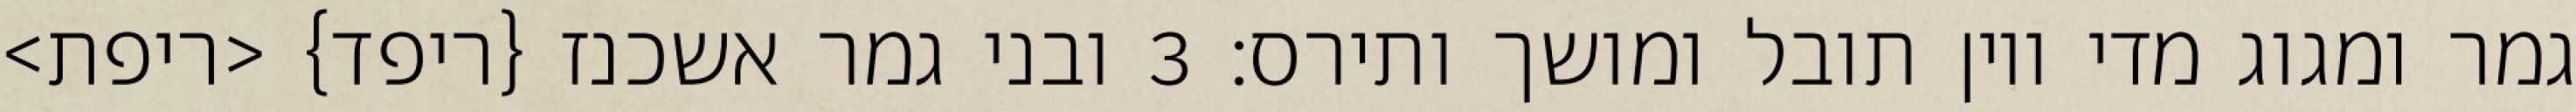
גמר ומגוג מדי ויון תובל ומושך ותירס׃ ‎3‏ ובני גמר אשכנז {ריפד} <ריפת>